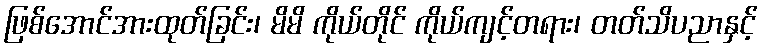
ဖြစ်အောင်အားထုတ်ခြင်း၊ မိမိ ကိုယ်တိုင် ကိုယ်ကျင့်တရား၊ တတ်သိပညာနှင့်